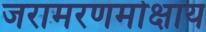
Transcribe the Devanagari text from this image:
जरामरणमोक्षाय